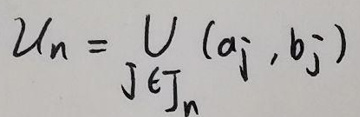
$\mathcal{U}_n = \bigcup_{j\in J_n} (a_j, b_j)$